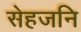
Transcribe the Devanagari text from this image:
सेहजनि